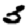
Digit: 3